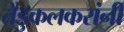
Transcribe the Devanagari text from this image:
तेंडुकलकरांनी